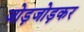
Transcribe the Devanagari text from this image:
जोड़जोड़कर